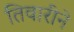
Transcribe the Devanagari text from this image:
तिवारीने